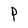
Character: P